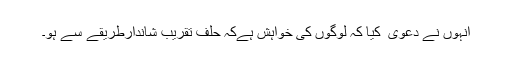
انہوں نے دعوی ٰ کیا کہ لوگوں کی خواہش ہےکہ حلف تقریب شاندارطریقے سے ہو۔